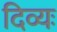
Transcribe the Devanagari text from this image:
दिव्यः